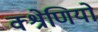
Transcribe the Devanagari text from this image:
क्श्रेणियो